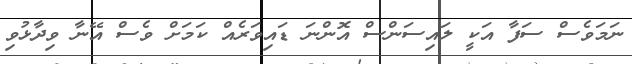
ނަމަވެސް ސަފާ އަކީ ލައިސަންސް އޮންނަ ޑައިވަރެއް ކަމަށް ވެސް އޭނާ ވިދާޅުވި